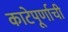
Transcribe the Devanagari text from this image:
काटेपूर्णाची